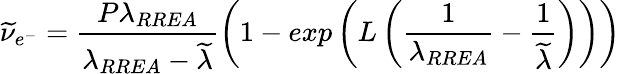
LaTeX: \widetilde{\nu}_{e^{-}}=\frac{P\lambda_{RREA}}{\lambda_{RREA}-\widetilde{\lambda}}\left(1-exp\left(L\left(\frac{1}{\lambda_{RREA}}-\frac{1}{\widetilde{\lambda}}\right)\right)\right)